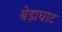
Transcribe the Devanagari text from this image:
बेड़ाघाट